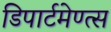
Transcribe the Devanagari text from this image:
डिपार्टमेण्त्स